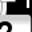
Digit: 7